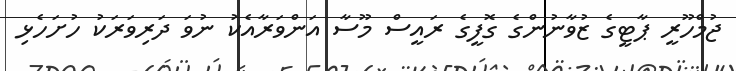
ޖުމްހޫރީ ޕާޓީގެ ޒުވާނުންގެ ގޮފީގެ ރައީސް މޫސާ އަންވަރާއެކު ނުވަ ދަރިވަރަކު ހުށަހެޅި